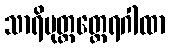
သာရိပုတ္တတ္ထေရဂါထာ